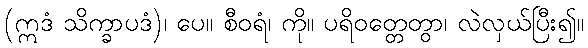
(ဣဒံ သိက္ခာပဒံ)၊ ပေ။ စီဝရံ၊ ကို။ ပရိဝတ္တေတွာ၊ လဲလှယ်ပြီး၍။